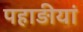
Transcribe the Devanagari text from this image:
पहाड़ीयां